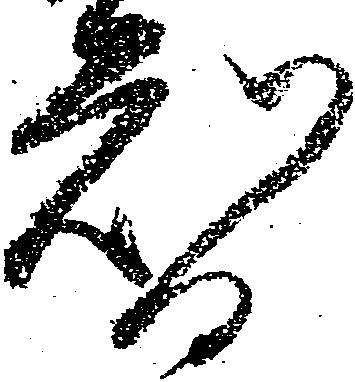
智